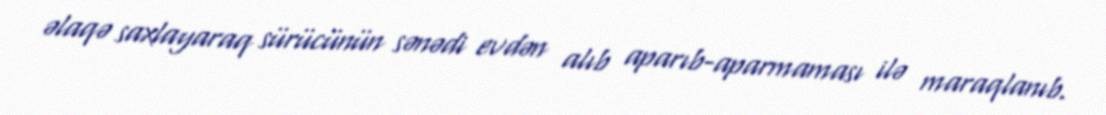
əlaqə saxlayaraq sürücünün sənədi evdən alıb aparıb-aparmaması ilə maraqlanıb.